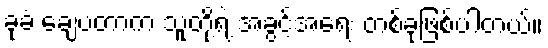
ခုခံ ချေပတာက သူတို့ရဲ့ အခွင့်အရေး တစ်ခုဖြစ်ပါတယ်။